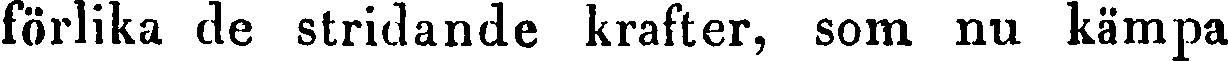
förlika de stridande krafter, som nu kämpa